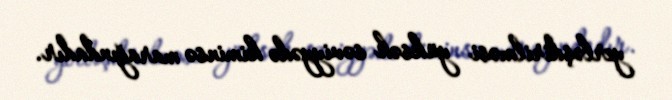
yerləşdirilməsi yüksək səviyyədə kiminsə marağındadır.